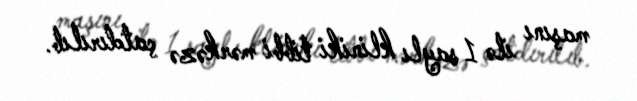
maşını ilə 1 saylı kliniki tibbi mərkəzə çatdırılıb.